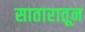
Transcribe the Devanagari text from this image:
सातारातून